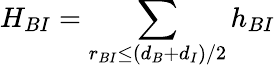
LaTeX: H_{BI}=\sum_{r_{BI}\leq(d_{B}+d_{I})/2}h_{BI}